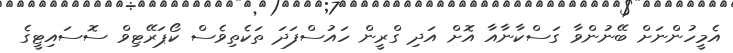
އެމީހުންނަށް ބޭނުންވާ ގަސްކާނާއާ އޮށް އަދި ގްރީން ހައުސްފަދަ ތަކެތިވެސް ކޯޕަރޭޓިވް ސޮސައިޓީގެ